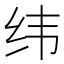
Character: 纬